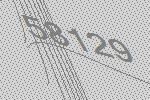
58129